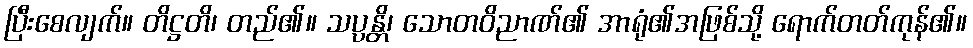
ပြီးစေလျက်။ တိဋ္ဌတိ၊ တည်၏။ သပ္ပန္တိ၊ သောတဝိညာဏ်၏ အာရုံ၏အဖြစ်သို့ ရောက်တတ်ကုန်၏။